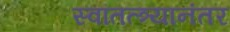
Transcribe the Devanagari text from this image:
स्वांतत्त्र्यानंतर